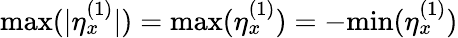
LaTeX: \mathrm{max}(|\eta_{x}^{(1)}|)=\mathrm{max}(\eta_{x}^{(1)})=-\mathrm{min}(\eta_{x}^{(1)})